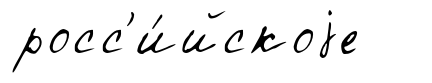
росс'и́йскоjе